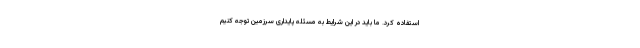
استفاده کرد. ما باید در این شرایط به مسئله پایداری سرزمین توجه کنیم